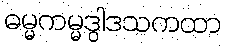
ဓမ္မကမ္မဒွါဒသကထာ